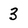
Character: 3